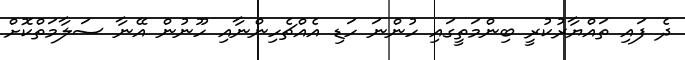
ދެ ފައި ތައްޔާރުކުރީ ބިންމަތީގައި ހުންނަ ހަޑި އެއްޗެހިންނާއި ހޫނުން އޭނާ ސަލާމަތްކޮށް